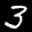
Label: 3